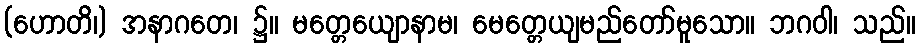
(ဟောတိ၊) အနာဂတေ၊ ၌။ မတ္တေယျောနာမ၊ မေတ္တေယျမည်တော်မူသော။ ဘဂဝါ၊ သည်။